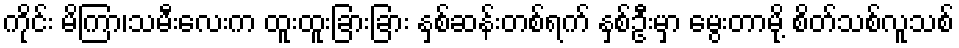
ကိုင်း မိကြာ၊သမီးလေးက ထူးထူးခြားခြား နှစ်ဆန်းတစ်ရက် နှစ်ဦးမှာ မွေးတာမို့ စိတ်သစ်လူသစ်